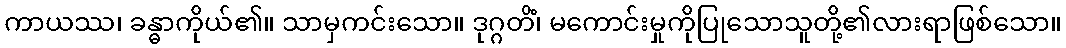
ကာယဿ၊ ခန္ဓာကိုယ်၏။ သာမှကင်းသော။ ဒုဂ္ဂတိံ၊ မကောင်းမှုကိုပြုသောသူတို့၏လားရာဖြစ်သော။